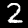
Label: 2